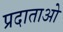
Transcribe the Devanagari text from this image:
प्रदाताओ